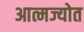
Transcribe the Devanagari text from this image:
आत्मज्योत